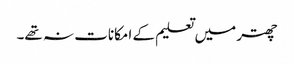
چھتر میں تعلیم کے امکانات نہ تھے۔